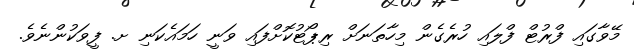
މޭވާގައި ފްރުޓް ފްލައި ހުރެގެން މިހާތަނަށް ރިޕޯޓުކޮށްފައި ވަނީ ހަމައެކަނި ށ. ފީވަކުންނެވެ.